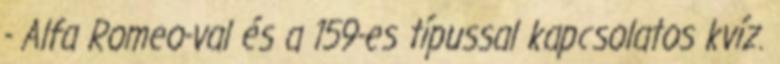
- Alfa Romeo-val és a 159-es típussal kapcsolatos kvíz.